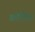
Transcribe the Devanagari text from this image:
क्रोधित